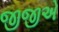
જીજીએ